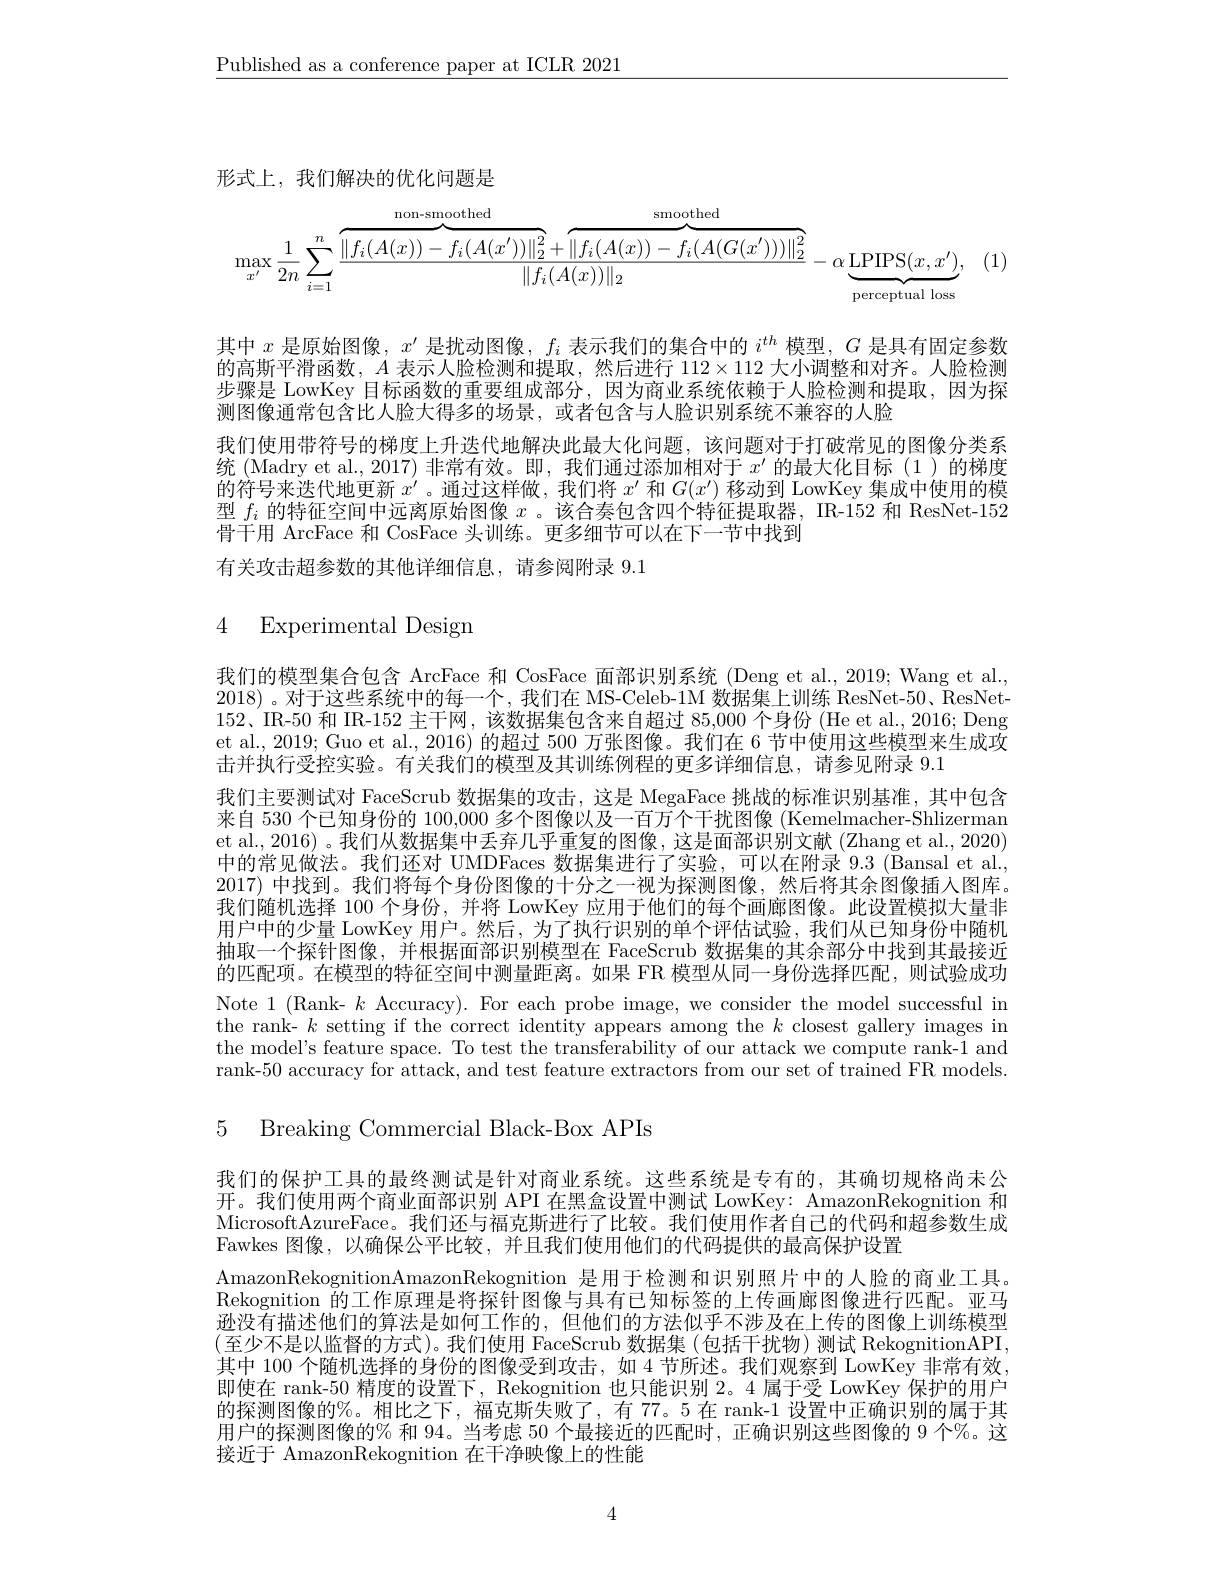
$\underline{\text{Published as a conference paper at ICLR 2021}}$

形式上，我们解决的优化问题是
$$\max_{x'}\frac{1}{2n}\sum_{i=1}^{n}\frac{\overbrace{\left\|f_{i}(A(x))-f_{i}(A(x'))\right\|_{2}^{2}}^{\text{non-smoothed}}+\overbrace{\left\|f_{i}(A(x))-f_{i}(A(G(x')))\right\|_{2}^{2}}^{\text{smoothed}}}{\left\|f_{i}(A(x))\right\|_{2}}-\alpha\underbrace{\text{LPIPS}(x,x')}_{\text{perceptual loss}},$$
(1)

其中$x$ 是 原 始 图 像 , $x^{\prime }$是扰动图像，$f_i$表示我们的集合中的$i^th$模型，$G$是具有固定参数的高斯平滑函数，$A$表示人脸检测和提取，然后进行$112\times112$大小调整和对齐。人脸检测步骤是 LowKey 目标函数的重要组成部分，因为商业系统依赖于人脸检测和提取，因为探测图像通常包含比人脸大得多的场景，或者包含与人脸识别系统不兼容的人脸
我们使用带符号的梯度上升迭代地解决此最大化问题，该问题对于打破常见的图像分类系统(Madry et al., 2017)非常有效。即，我们通过添加相对于$x^\prime$的最大化目标(1)的梯度的符号来迭代地更新$x^{\prime}$ 。通过这样做，我们将$x^{\prime}$和$G(x^{\prime})$移动到 LowKey 集成中使用的模型$f_i$的特征空间中远离原始图像$x$ 。该合奏包含四个特征提取器，IR-152 和 ResNet-152骨干用 ArcFace 和 CosFace 头训练。更多细节可以在下一节中找到
有关攻击超参数的其他详细信息，请参阅附录 9.1

## 4 Experimental Design

我们的模型集合包含 ArcFace 和 CosFace 面部识别系统 (Deng et al., 2019; Wang et al., 2018) 。对于这些系统中的每一个，我们在 MS-Celeb-1M 数据集上训练 ResNet-50、ResNet- 152、IR-50 和 IR-152 主干网，该数据集包含来自超过 85,000 个身份 (He et al., 2016; Deng et al., 2019; Guo et al., 2016) 的超过 500 万张图像。我们在 6 节中使用这些模型来生成攻击并执行受控实验。有关我们的模型及其训练例程的更多详细信息，请参见附录 9.1
我们主要测试对 FaceScrub 数据集的攻击，这是 MegaFace 挑战的标准识别基准，其中包含来自 530 个已知身份的 100,000 多个图像以及一百万个干扰图像 (Kemelmacher-Shlizerman et al., 2016) 。我们从数据集中丢弃几乎重复的图像，这是面部识别文献(Zhang et al. , 2020) 中的常见做法。我们还对 UMDFaces 数据集进行了实验，可以在附录 9.3 (Bansal et al., 2017) 中找到。我们将每个身份图像的十分之一视为探测图像，然后将其余图像插人图库。我们随机选择 100 个身份，并将 LowKey 应用于他们的每个画廊图像。此设置模拟大量非用户中的少量 LowKey 用户。然后，为了执行识别的单个评估试验，我们从已知身份中随机抽取一个探针图像，并根据面部识别模型在 FaceScrub 数据集的其余部分中找到其最接近的匹配项。在模型的特征空间中测量距离。如果 FR 模型从同一身份选择匹配，则试验成功Note 1 (Rank- $k$ Accuracy). For each probe image, we consider the model successful in the rank- $k$ setting if the correct identity appears among the $k$ closest gallery images in the model's feature space. To test the transferability of our attack we compute rank-1 and rank-50 accuracy for attack, and test feature extractors from our set of trained FR models.

5 Breaking Commercial Black-Box APIs

我们的保护工具的最终测试是针对商业系统。这些系统是专有的，其确切规格尚未公开。我们使用两个商业面部识别 API 在黑盒设置中测试 LowKey: AmazonRekognition 和MicrosoftAzureFace。我们还与福克斯进行了比较。我们使用作者自己的代码和超参数生成Fawkes 图像，以确保公平比较，并且我们使用他们的代码提供的最高保护设置
AmazonRekognitionAmazonRekognition 是用于检测和识别照片中的人脸的商业工具。Rekognition 的工作原理是将探针图像与具有已知标签的上传画廊图像进行匹配。亚马逊没有描述他们的算法是如何工作的，但他们的方法似乎不涉及在上传的图像上训练模型(至少不是以监督的方式)。我们使用 FaceScrub 数据集(包括干扰物) 测试 RekognitionAPI, 其中 100 个随机选择的身份的图像受到攻击 , 如 4 节所述。我们观察到 LowKey 非常有效， 即使在 rank-50 精度的设置下，Rekognition 也只能识别 2。4 属于受 LowKey 保护的用户的探测图像的%。相比之下，福克斯失败了，有 77。5 在 rank-1 设置中正确识别的属于其用户的探测图像的% 和 94。当考虑 50 个最接近的匹配时，正确识别这些图像的 9 个%。这接近于 AmazonRekognition 在干净映像上的性能

4